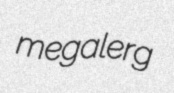
megalerg